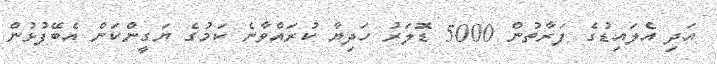
އަދި އެލައިޑުގެ ފަރާތުން 5000 ޑޮލަރު ހަދިޔާ ކުރައްވާނެ ކަމުގެ ޔަގީންކަން އެބޭފުޅުން